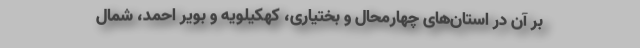
بر آن در استان‌های چهارمحال و بختیاری، کهکیلویه و بویر احمد، شمال